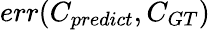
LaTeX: err(C_{predict},C_{GT})